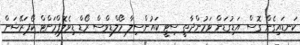
ކަނޑައިގެން ގޮސް އަޑިގުޑަން ވަމުންދާތީ ސިޓީ ކައުންސިލާ މޯލްޑިވްސް ރޯޑް ޑިވެލޮޕްމަންޓް ކޯޕަރޭޝަން